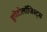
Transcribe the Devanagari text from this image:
हृपेंटोलॉजिस्ट्स